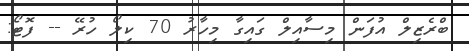
ބްރެޒިލް އުފަން މިސާއިލް ގައިގާ މިހާރު 70 ކިލޯ ހުރޭ -- ފޮޓޯ: